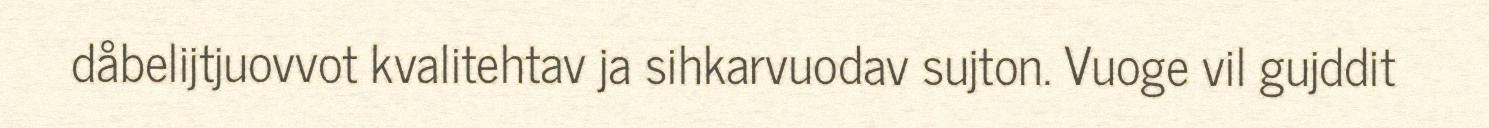
dåbelijtjuovvot kvalitehtav ja sihkarvuodav sujton. Vuoge vil gujddit